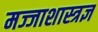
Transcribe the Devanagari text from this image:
मज्जाशास्त्रज्ञ